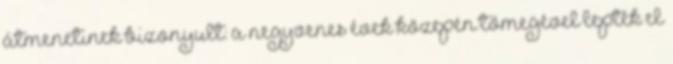
átmenetinek bizonyult: a negyvenes évek közepén tömegével lepték el